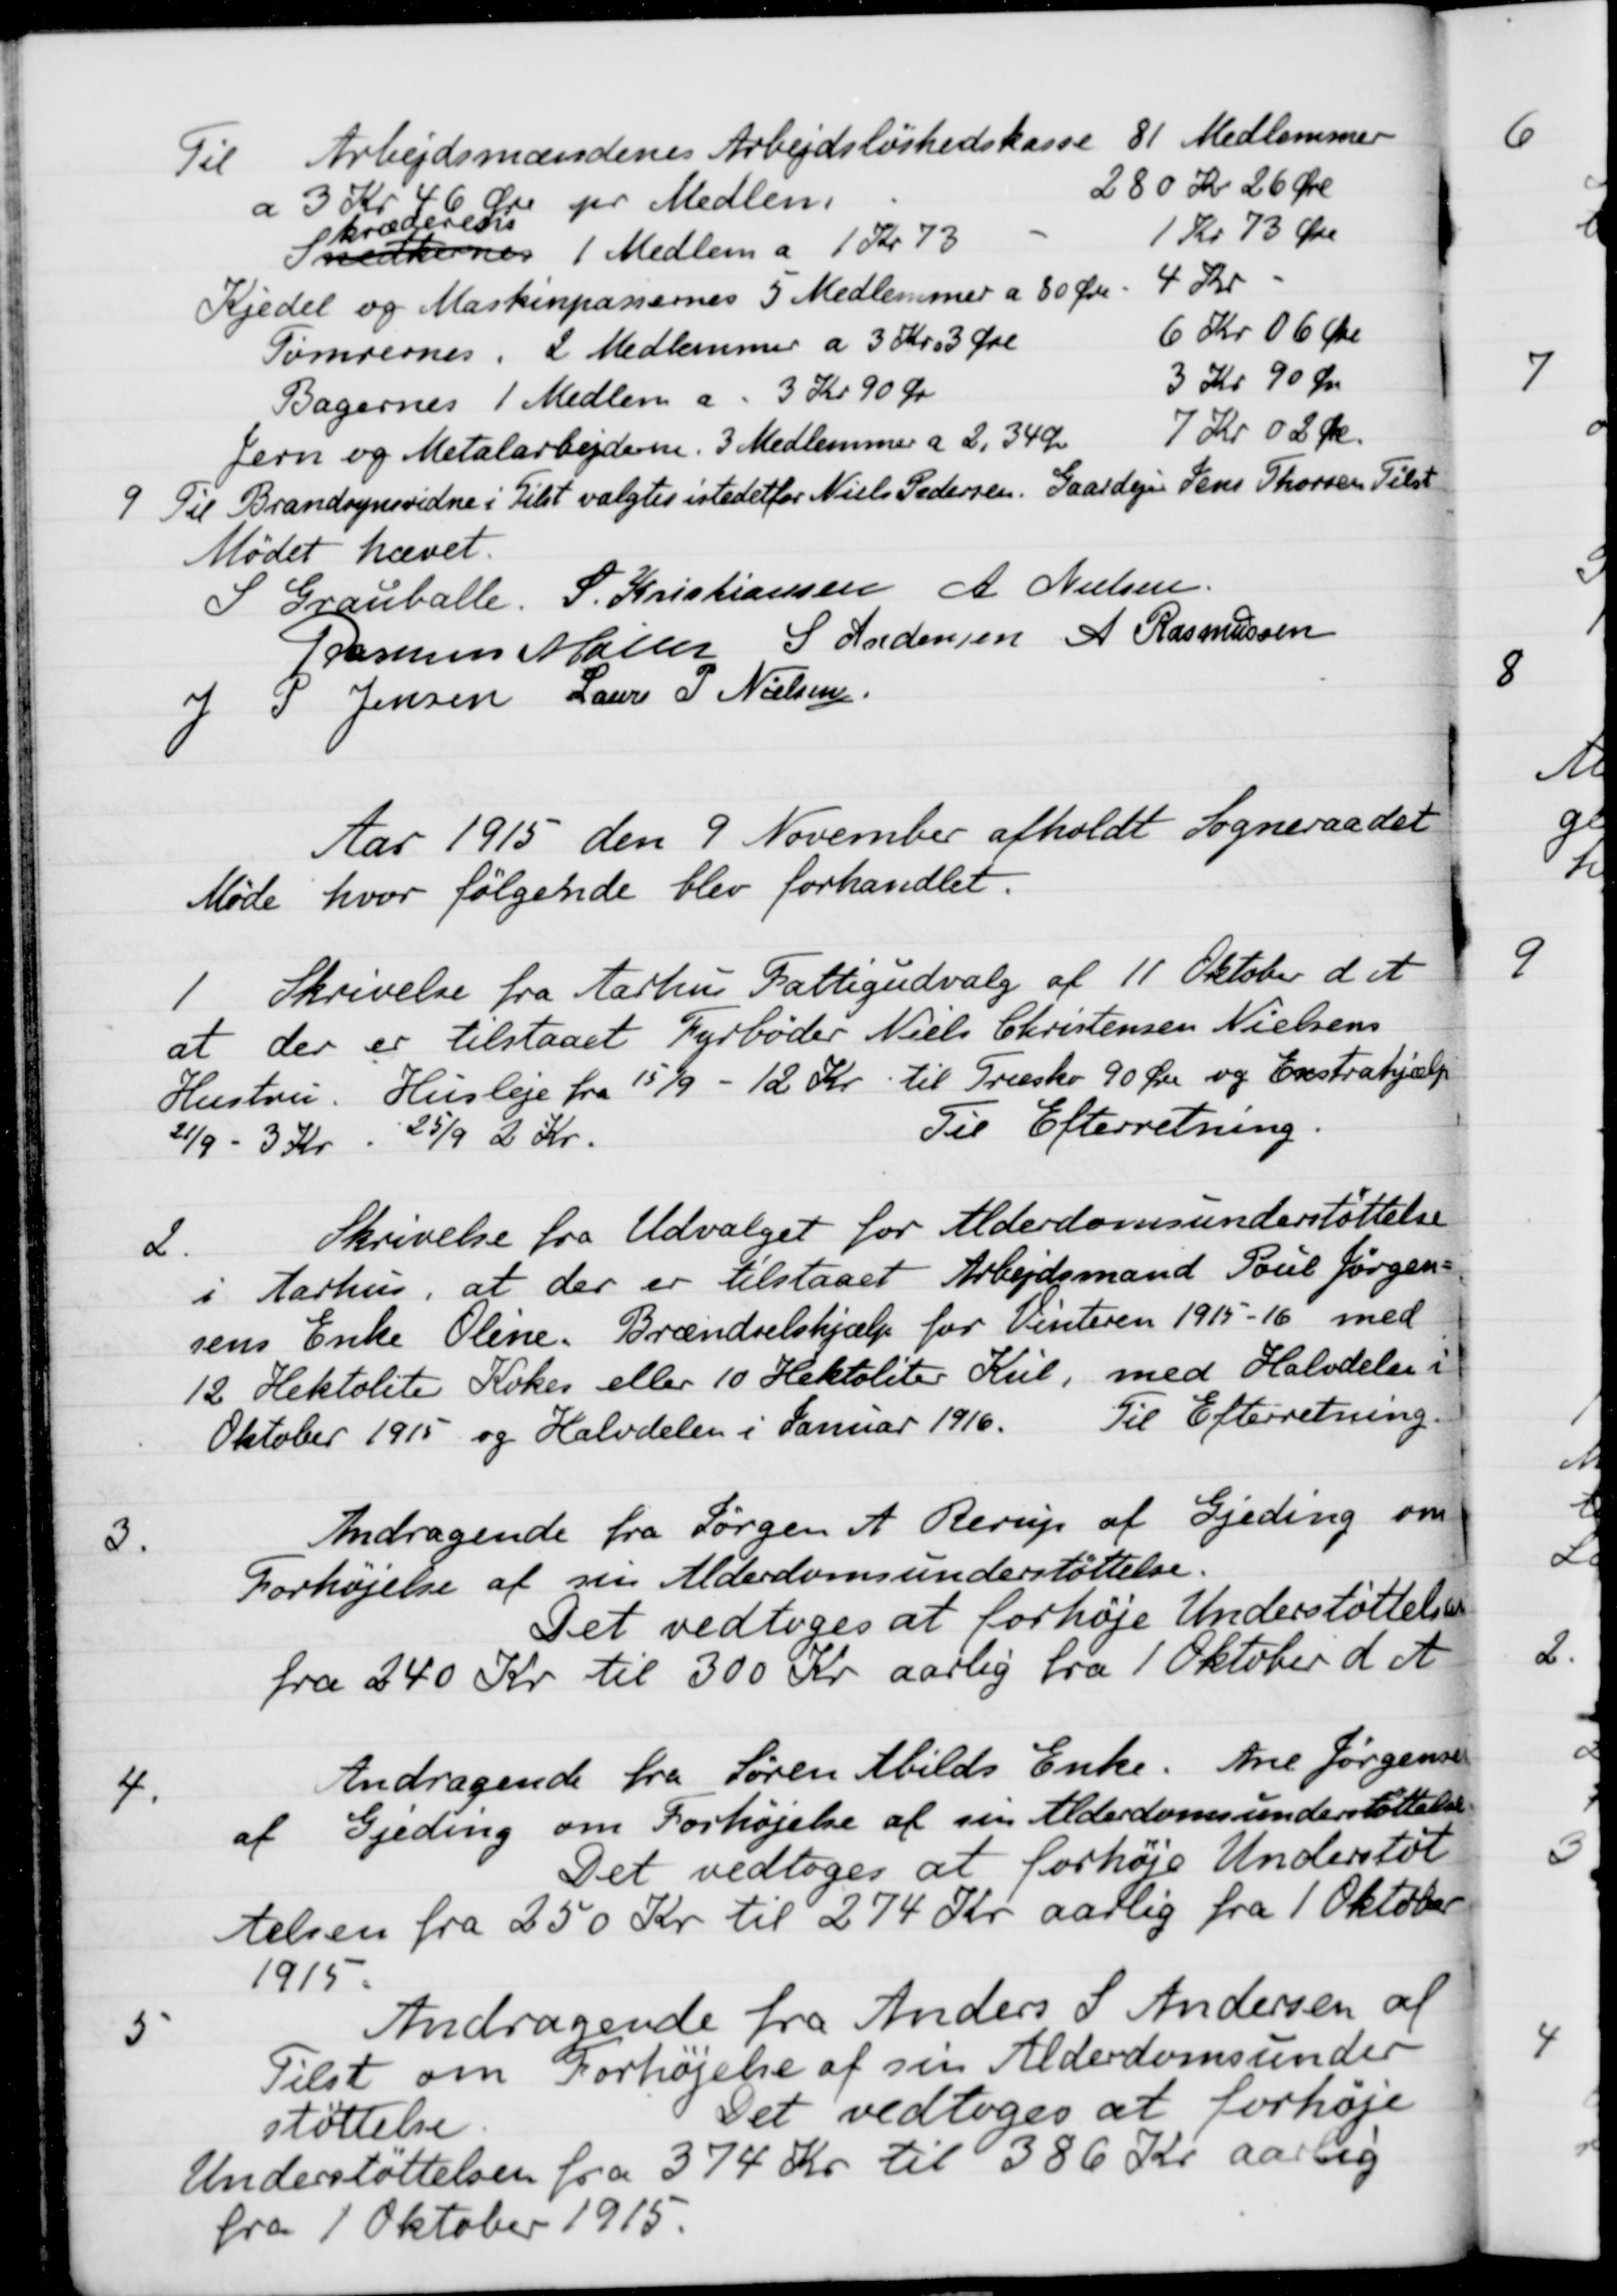
Transskription:
Til Arbejdsmændenes Arbejdsløshedskasse 81 Medlemmer
a 3 Kr 46 Øre pr. Medlem
280 Kr 26 Øre
Snekkernes
skræderens
1 Medlem a 1 Kr. 73
1 Kr 73 Øre
Kjedel og Maskinpassernes 5 Medlemmer a 80 Øre
4 Kr.
Tømrernes. 2 Medlemmer a 3 Kr. 3 Øre
6 kr 06 Øre
Bagernes 1 Medlem a. 3 Kr 90 Øre
3 Kr 90 Øre
Jern og Metalarbejderne. 3 Medlemmer a 2,34 Øre
7 Kr. 02 Øre.
9.
Til Brandsynsvidne i Tilst valgtes istedetfor Niels Pedersen. Gaardeje Jens Thorsen Tilst
Mødet hævet.
S Grauballe.
S. Kristiansen
A. Nielsen
Rasmus Møller
S Andersen
A Rasmussen
J P Jensen
Laurs P. Nielsen
Aar 1915 den 9 November afholdt Sogneraadet
Møde hvor følgende blev forhandlet.
1
Skrivelse fra Aarhus Fattigudvalg af 11 Oktober d. A
at der er tilstaaet Fyrbøder Niels Christensen Nielsens
Hustru. Husleje fra 15/9 - 12 Kr til Træsko 90 Øre og Exstrahjælp
21/9 - 3 Kr
25/9 2 Kr.
Til Efterretning.
2.
Skrivelse fra Udvalget for Alderdomsunderstøttelse
i Aarhus, at der er tilstaaet Arbejdsmand Poul Jørgen-
sens Enke Oline. Brændselshjælp for Vinteren 1915-16 med
12 Hektoliter Kokes eller 10 Hektoliter Kul, med Halvdelen i
Oktober 1915 og Halvdelen i Januar 1916.
Til Efterretning.
3.
Andragende fra Jørgen A. Rerup af Gjeding om
Forhøjelse af sin Alderdomsunderstøttelse.
Det vedtoges at forhøje Understøttelse
fra 240 Kr til 300 Kr aarlig fra 1 Oktober d A
4.
Andragende fra Søren Abilds Enke Ane Jørgensen
af Gjeding om Forhøjelse af sin Alderdomsunderstøttelse
Det vedtoges at forhøje Understøt-
telsen fra 250 Kr til 274 Kr aarlig fra 1 Oktober
1915.
5
Andragende fra Anders S Andersen af
Tilst om Forhøjelse af sin Alderdomsunder-
støttelse.
Det vedtoges at forhøje
Understøttelsen fra 374 Kr til 386 Kr aarlig
fra 1 Oktober 1915